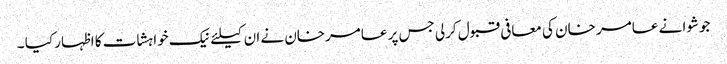
جوشوا نے عامر خان کی معافی قبول کرلی جس پر عامرخان نے ان کیلئے نیک خواہشات کا اظہار کیا ۔